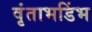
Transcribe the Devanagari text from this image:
वृंताभडिंभ